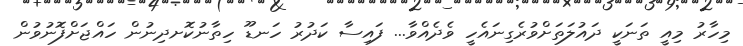
މިހާރު މިއީ ތަނަކީ ދައުލަތަށްވުރެގިނައެހީ ވެދެއްވާ... ފައިސާ ކަދުރު ހަނޑޫ ހިތާނުކޮށދިނުން ހައްޖަށްފޮނުވުން